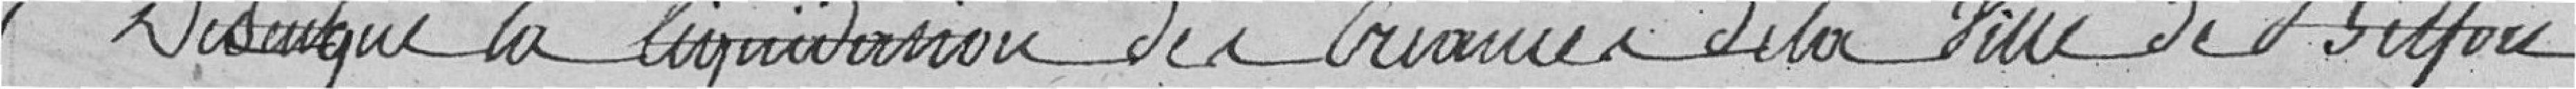
Disons que la liquidation des créances de la ville de Belfort